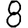
Digit: 8